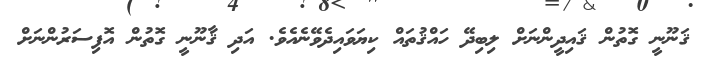
ޤަނޫނީ ގޮތުން ޤައިދީންނަށް ލިބިދޭ ހައްޤުތައް ކިޔަވައިދެވޭނެއެވެ. އަދި ޤާނޫނީ ގޮތުން އޮފިސަރުންނަށް